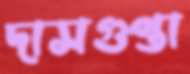
দাসগুপ্তা